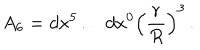
A _ { 6 } = d x ^ { 5 } \dots d x ^ { 0 } \left( \frac r R \right) ^ { 3 } \, .